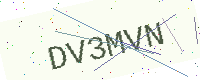
Text: DV3MVN